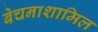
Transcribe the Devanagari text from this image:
बेचनाशामिल